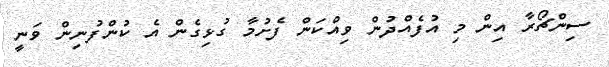
ސިންޗޯރާ އިން މި އުފެއްދުން ވިއްކަން ފެށުމާ ގުޅިގެން އެ ކުންފުނިން ވަނީ